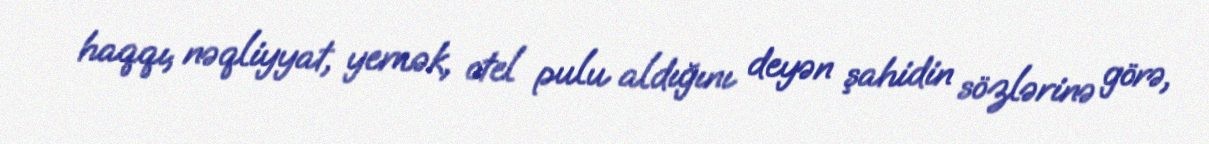
haqqı, nəqliyyat, yemək, otel pulu aldığını deyən şahidin sözlərinə görə,